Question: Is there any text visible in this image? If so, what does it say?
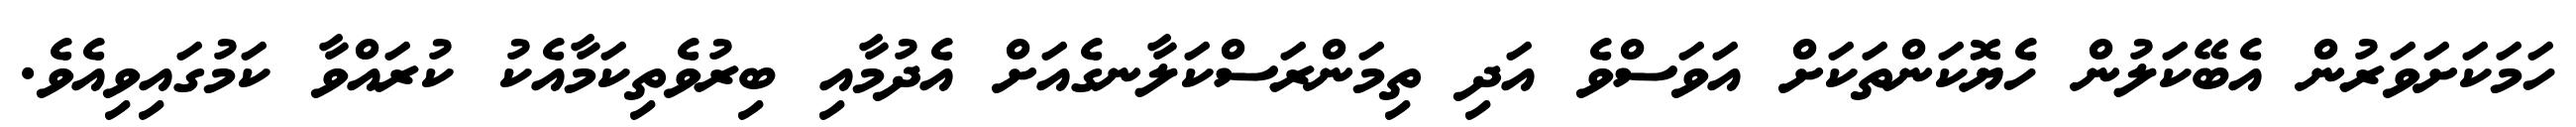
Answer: ހަމަކަށަވަރުން އެބޭކަލުން ހެޔޮކަންތަކަށް އަވަސްވެ އަދި ތިމަންރަސްކަލާނގެއަށް އެދުމާއި ބިރުވެތިކަމާއެކު ކުރައްވާ ކަމުގައިވިއެވެ.